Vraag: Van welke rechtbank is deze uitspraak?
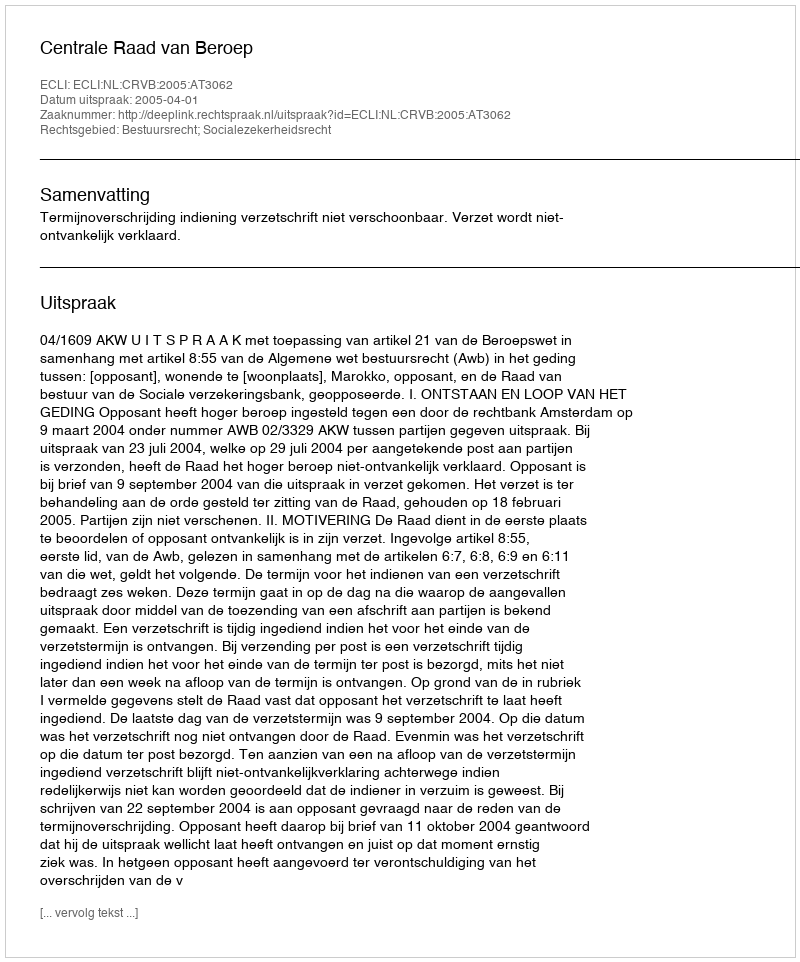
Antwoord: Centrale Raad van Beroep